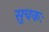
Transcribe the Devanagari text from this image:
सुचकः